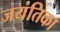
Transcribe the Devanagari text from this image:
जयंतिका